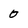
Character: 0